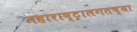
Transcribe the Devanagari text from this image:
महाराष्ट्रालगतच्या